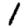
Digit: 1